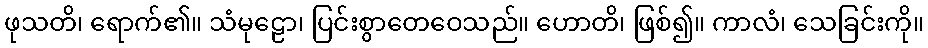
ဖုသတိ၊ ရောက်၏။ သံမုဠော၊ ပြင်းစွာတေဝေသည်။ ဟောတိ၊ ဖြစ်၍။ ကာလံ၊ သေခြင်းကို။